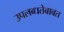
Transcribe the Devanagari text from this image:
उपलब्धतेबाबत